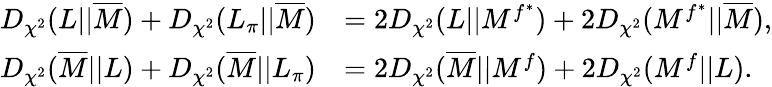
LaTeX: \begin{array}{rl}{D_{\chi^{2}}(L||\overline{{M}})+D_{\chi^{2}}(L_{\pi}||\overline{{M}})}&{=2D_{\chi^{2}}(L||M^{f^{*}})+2D_{\chi^{2}}(M^{f^{*}}||\overline{{M}}),}\\ {D_{\chi^{2}}(\overline{{M}}||L)+D_{\chi^{2}}(\overline{{M}}||L_{\pi})}&{=2D_{\chi^{2}}(\overline{{M}}||M^{f})+2D_{\chi^{2}}(M^{f}||L).}\end{array}